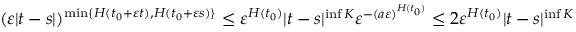
\begin{array} { r } { ( \varepsilon | t - s | ) ^ { \operatorname* { m i n } \{ H ( t _ { 0 } + \varepsilon t ) , H ( t _ { 0 } + \varepsilon s ) \} } \leq \varepsilon ^ { H ( t _ { 0 } ) } | t - s | ^ { \operatorname* { i n f } K } \varepsilon ^ { - ( a \varepsilon ) ^ { H ( t _ { 0 } ) } } \leq 2 \varepsilon ^ { H ( t _ { 0 } ) } | t - s | ^ { \operatorname* { i n f } K } } \end{array}